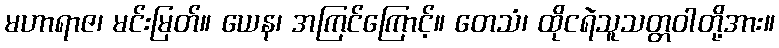
မဟာရာဇ၊ မင်းမြတ်။ ယေန၊ အကြင်ကြောင့်။ တေသံ၊ ထိုငရဲသူသတ္တဝါတို့အား။